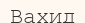
Вахид